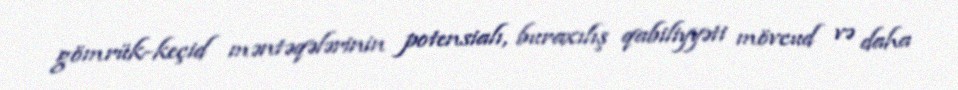
gömrük-keçid məntəqələrinin potensialı, buraxılış qabiliyyəti mövcud və daha